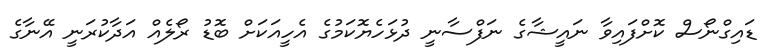
ޑައިގްނޯސް ކޮށްފައިވާ ނައީޝާގެ ނަފްސާނީ ދުޅަހެޔޮކަމުގެ އެހީއަކަށް ބޮޑު ރޯލެއް އަދާކުރަނީ އޭނާގެ